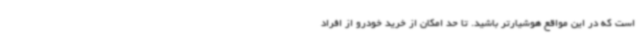
است که در این مواقع هوشیارتر باشید. تا حد امکان از خرید خودرو از افراد